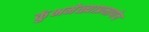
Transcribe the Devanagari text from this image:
कुंभमेळ्याप्रमाणेच